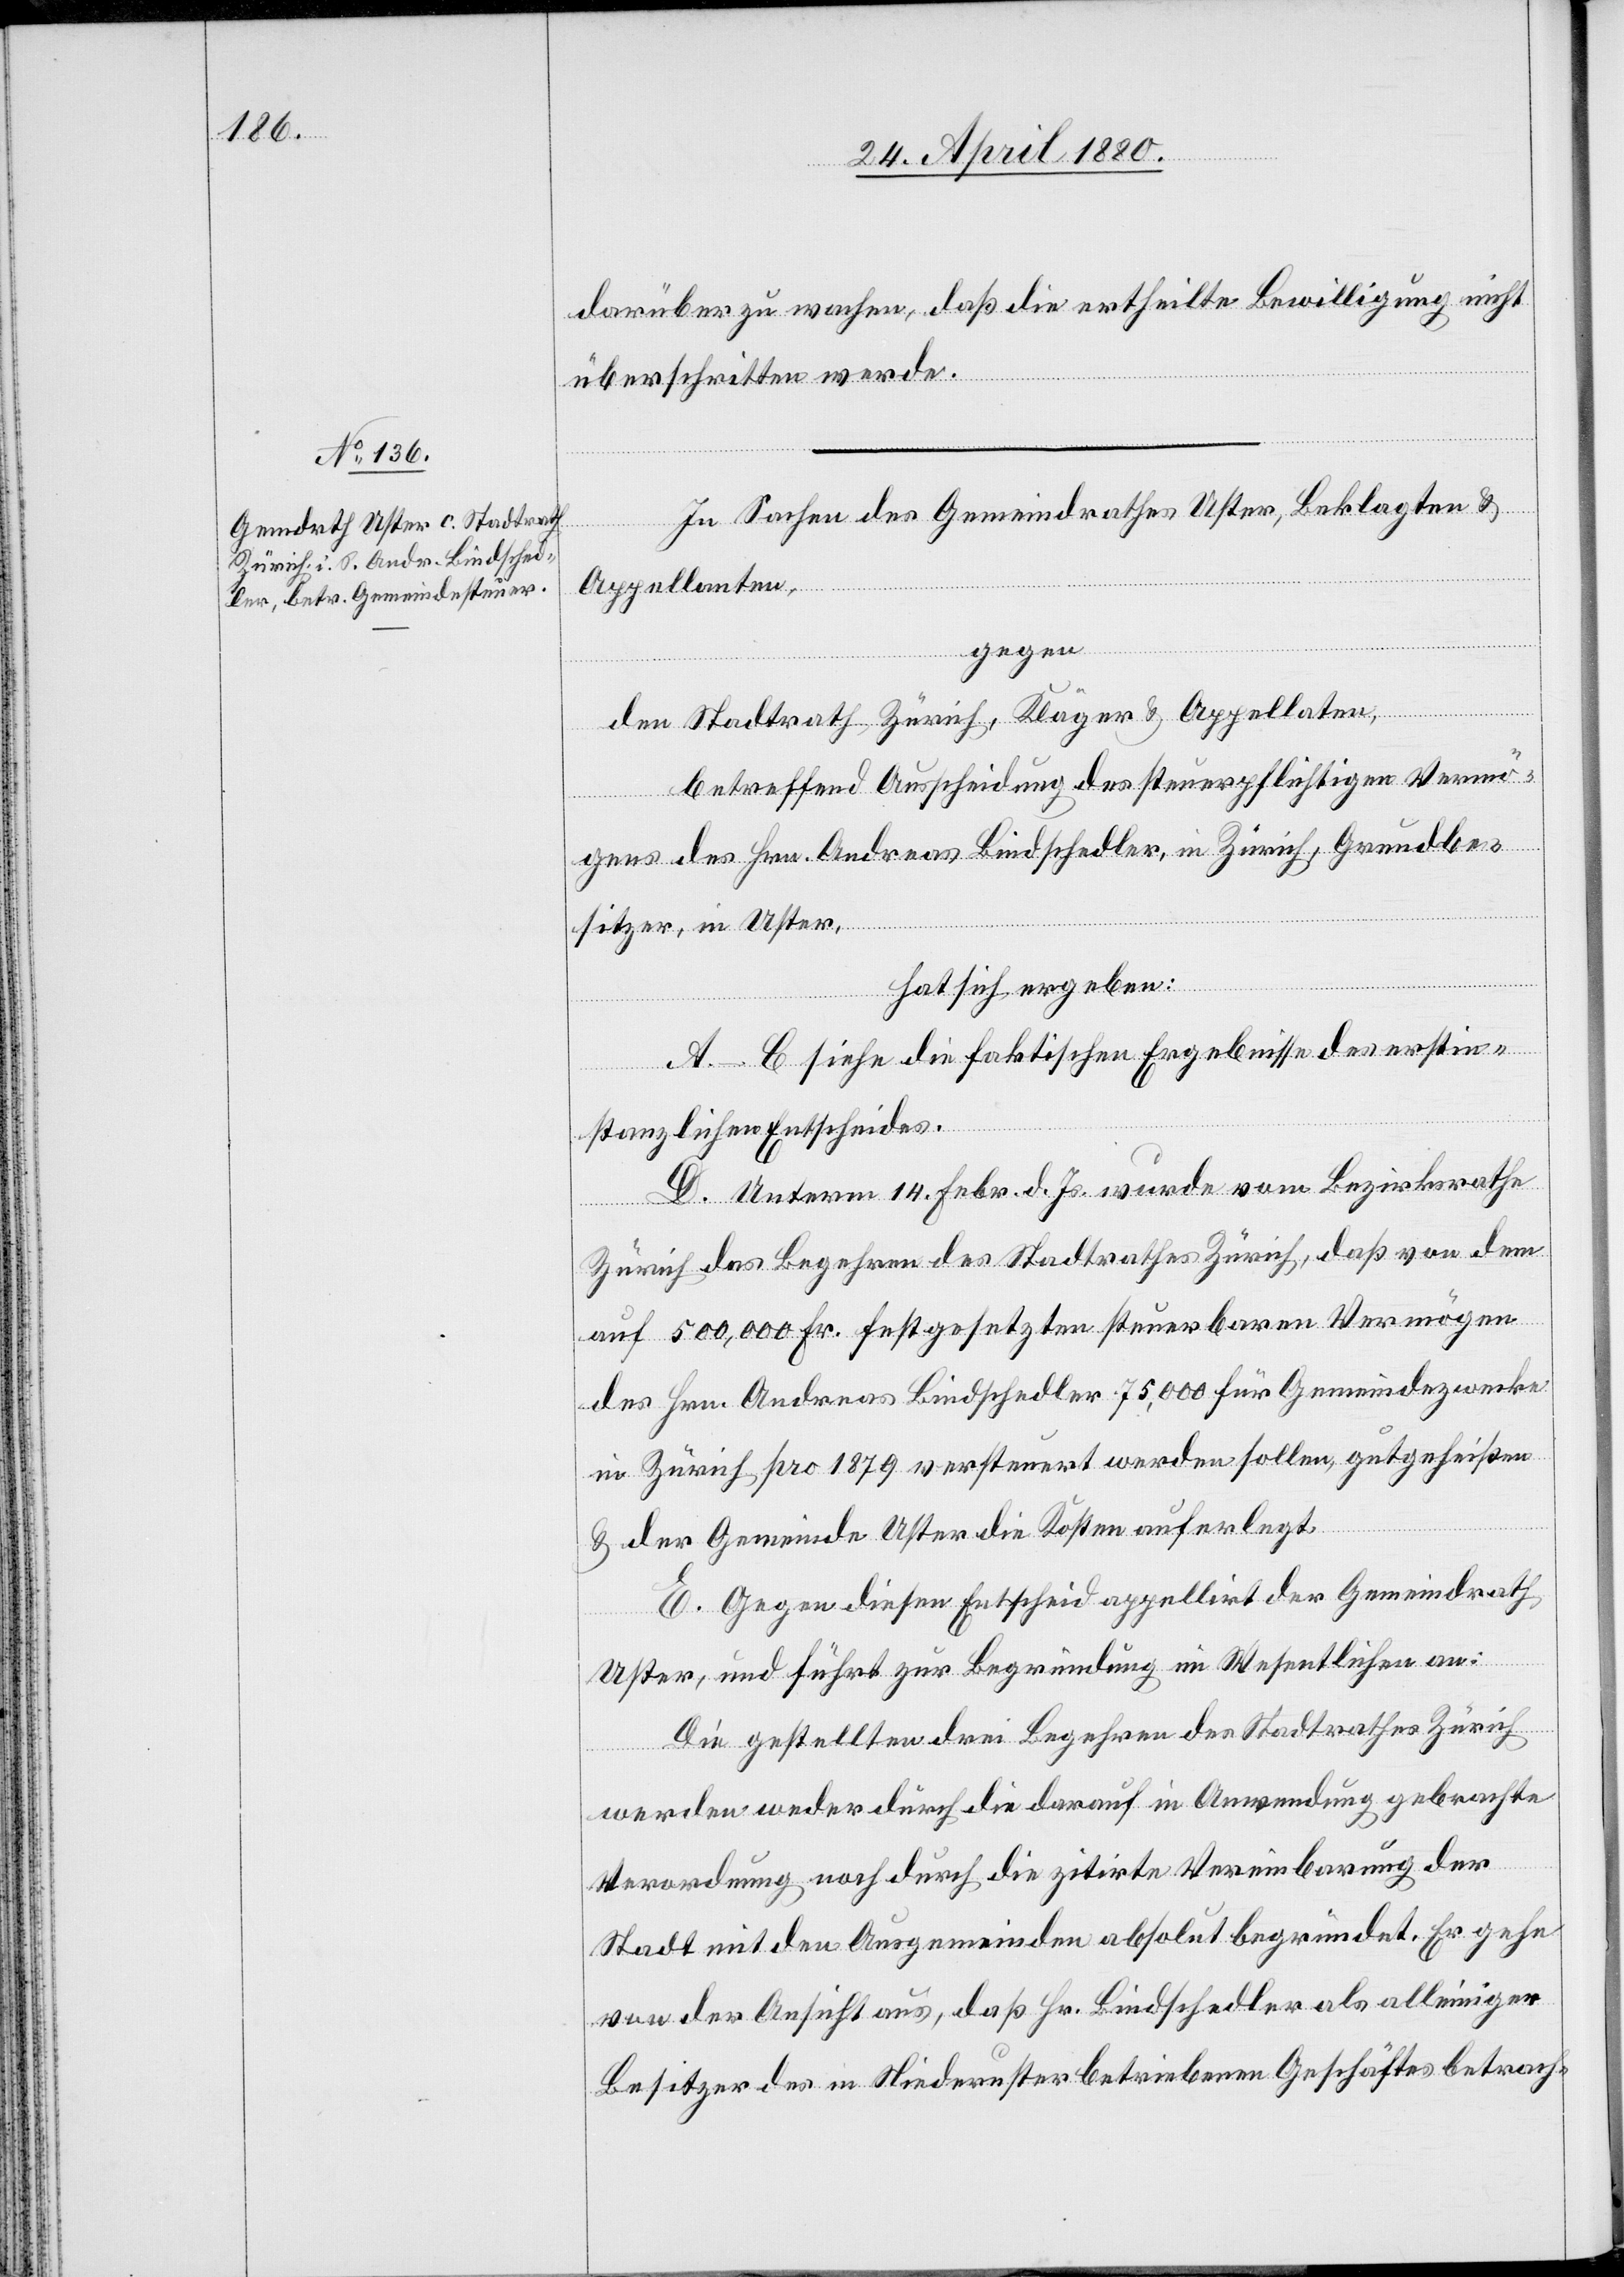
darüber zu wachen, daß die ertheilte Bewilligung nicht
überschritten werde.